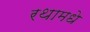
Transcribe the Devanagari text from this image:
रथामधे